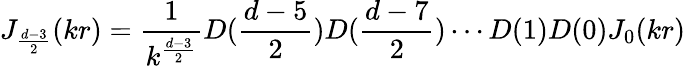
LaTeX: J_{\frac{d-3}{2}}(kr)=\frac{1}{k^{\frac{d-3}{2}}}D(\frac{d-5}{2})D(\frac{d-7}{2})\cdots D(1)D(0)J_{0}(kr)